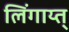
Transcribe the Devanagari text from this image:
लिंगाय्त्